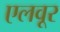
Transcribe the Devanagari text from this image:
एलवूर